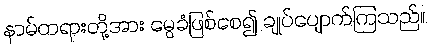
နာမ်တရားတို့အား မွေခံဖြစ်စေ၍ ချုပ်ပျောက်ကြသည်။